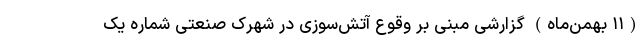
(۱۱ بهمن‌ماه) گزارشی مبنی بر وقوع آتش‌سوزی در شهرک صنعتی شماره یک